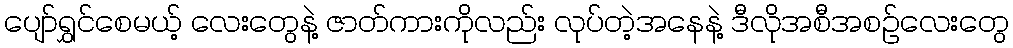
ပျော်ရွှင်စေမယ့် လေးတွေနဲ့ ဇာတ်ကားကိုလည်း လုပ်တဲ့အနေနဲ့ ဒီလိုအစီအစဉ်လေးတွေ